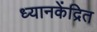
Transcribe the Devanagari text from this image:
ध्यानकेंद्रित